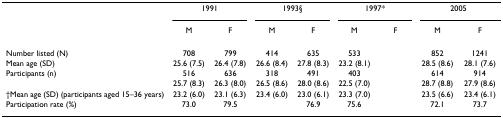
<table><thead><tr><td>[EMPTY_CELL]</td><td colspan="2"><b>1991</b></td><td colspan="2"><b>1993§</b></td><td colspan="2"><b>1997*</b></td><td colspan="2"><b>2005</b></td></tr><tr><td>[EMPTY_CELL]</td><td><b>M</b></td><td><b>F</b></td><td><b>M</b></td><td><b>F</b></td><td><b>M</b></td><td><b>F</b></td><td><b>M</b></td><td><b>F</b></td></tr></thead><tbody><tr><td>Number listed (N)</td><td>708</td><td>799</td><td>414</td><td>635</td><td>533</td><td>[EMPTY_CELL]</td><td>852</td><td>1241</td></tr><tr><td>Mean age (SD)</td><td>25.6 (7.5)</td><td>26.4 (7.8)</td><td>26.6 (8.4)</td><td>27.8 (8.3)</td><td>23.2 (8.1)</td><td>[EMPTY_CELL]</td><td>28.5 (8.6)</td><td>28.1 (7.6)</td></tr><tr><td>Participants (n)</td><td>516</td><td>636</td><td>318</td><td>491</td><td>403</td><td>[EMPTY_CELL]</td><td>614</td><td>914</td></tr><tr><td>[EMPTY_CELL]</td><td>25.7 (8.3)</td><td>26.3 (8.0)</td><td>26.5 (8.6)</td><td>28.0 (8.6)</td><td>22.5 (7.0)</td><td>[EMPTY_CELL]</td><td>28.7 (8.8)</td><td>27.9 (8.6)</td></tr><tr><td>†Mean age (SD) (participants aged 15–36 years)</td><td>23.2 (6.0)</td><td>23.1 (6.3)</td><td>23.4 (6.0)</td><td>23.0 (6.1)</td><td>23.3 (7.0)</td><td>[EMPTY_CELL]</td><td>23.5 (6.6)</td><td>23.4 (6.1)</td></tr><tr><td>Participation rate (%)</td><td>73.0</td><td>79.5</td><td>[EMPTY_CELL]</td><td>76.9</td><td>75.6</td><td>[EMPTY_CELL]</td><td>72.1</td><td>73.7</td></tr></tbody></table>